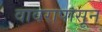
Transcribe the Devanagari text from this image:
वावरापासून